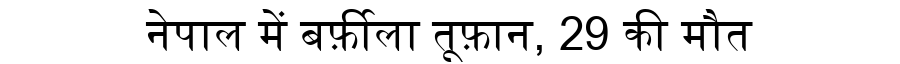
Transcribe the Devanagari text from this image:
नेपाल में बर्फ़ीला तूफ़ान, 29 की मौत